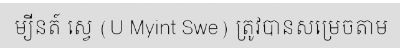
ម្យីនត៍ ស្វេ (U Myint Swe) ត្រូវបានសម្រេចតាម